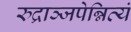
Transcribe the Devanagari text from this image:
रुद्राञ्जपेन्नित्यं